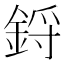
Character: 鋝